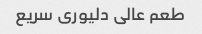
طعم عالی دلیوری سریع